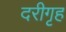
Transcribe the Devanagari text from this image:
दरीगृह